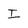
Character: I